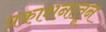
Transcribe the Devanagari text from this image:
प्रकाशनातून